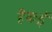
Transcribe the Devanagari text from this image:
हैकई